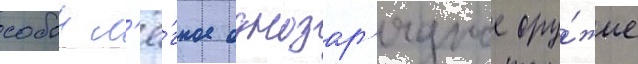
собои л'ё́гкое однозар'ядное ору́жие